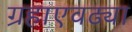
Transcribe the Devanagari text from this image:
ग्रहाएवढ्या